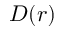
D ( r )